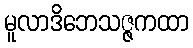
မူလာဒိဘေသဇ္ဇကထာ